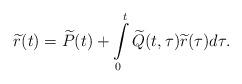
LaTeX: \begin{align*}\widetilde{r}(t)=\widetilde{P}(t)+\int\limits_{0}^{t}\widetilde{Q}(t,\tau )\widetilde{r}(\tau )d\tau . \end{align*}